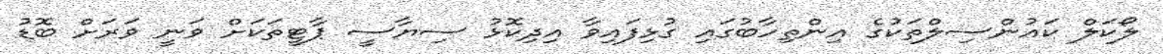
ލޯކަލް ކައުންސިލްތަކުގެ އިންތިހާބުގައި ގުޅިފައިވާ އިދިކޮޅު ސިޔާސީ ޕާޓީތަކަށް ވަނީ ވަރަށް ބޮޑު